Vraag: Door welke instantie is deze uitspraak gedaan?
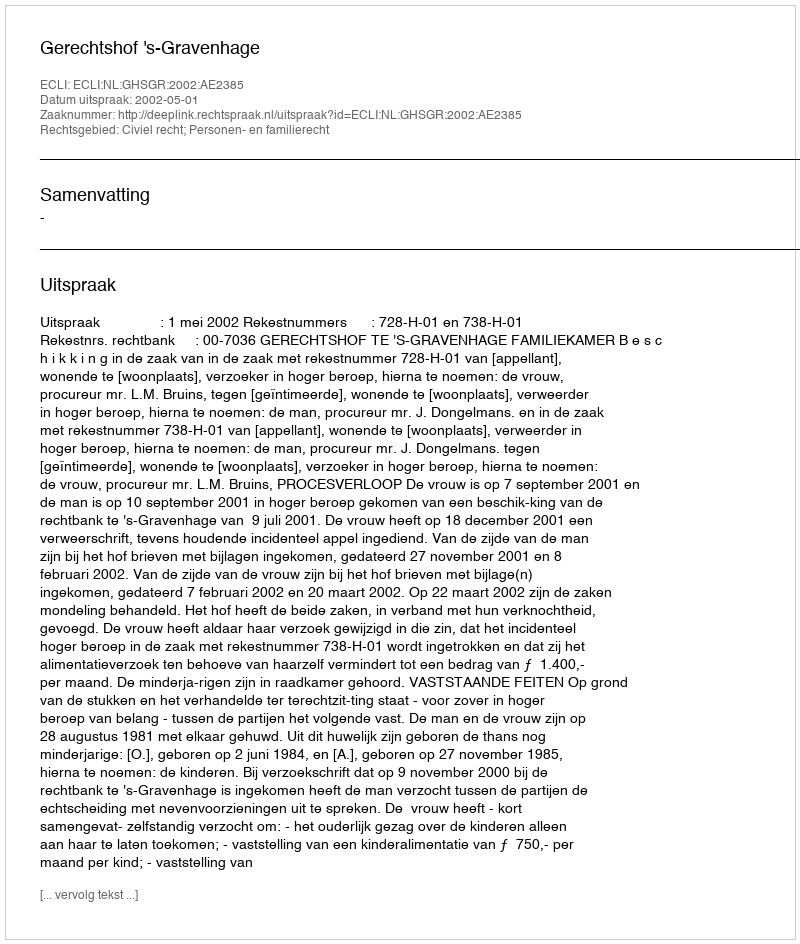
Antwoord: Gerechtshof 's-Gravenhage